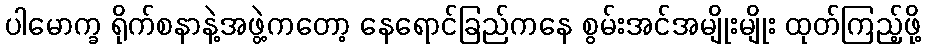
ပါမောက္ခ ရိုက်စနာနဲ့အဖွဲ့ကတော့ နေရောင်ခြည်ကနေ စွမ်းအင်အမျိုးမျိုး ထုတ်ကြည့်ဖို့